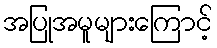
အပြုအမူများကြောင့်